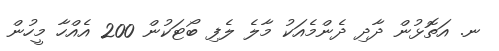
ނ. އަތޮޅުން ދާދި ދެންމެއަކު މާލެ ލެފި ބޯޓަކުން 200 އެއްހާ މީހުން